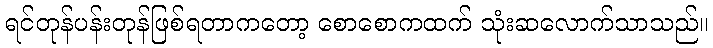
ရင်တုန်ပန်းတုန်ဖြစ်ရတာကတော့ စောစောကထက် သုံးဆလောက်သာသည်။